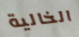
الخالية